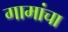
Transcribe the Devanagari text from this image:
गामांचा